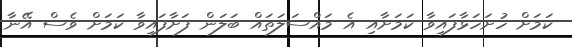
ކަމަށް ހުށަހަޅާފައިވާ ކަމަށާއި އެ މައްސަލަތައް ބަލަން ފަށާފައިވާ ކަމަށް ވެސް އޭނާ